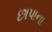
છાપાના